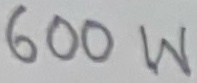
Text: 600W